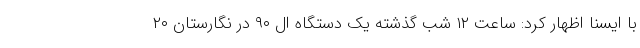
با ایسنا اظهار کرد: ساعت ۱۲ شب گذشته یک دستگاه ال ۹۰ در نگارستان ۲۰